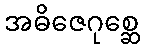
အဓိဇေဂုစ္ဆေ